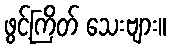
ဖွင့်ကြိတ် သေးဗျား။